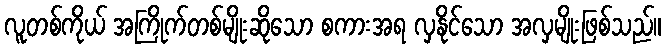
လူတစ်ကိုယ် အကြိုက်တစ်မျိုးဆိုသော စကားအရ လှနိုင်သော အလှမျိုးဖြစ်သည်။